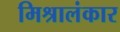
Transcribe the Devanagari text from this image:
मिश्रालंकार